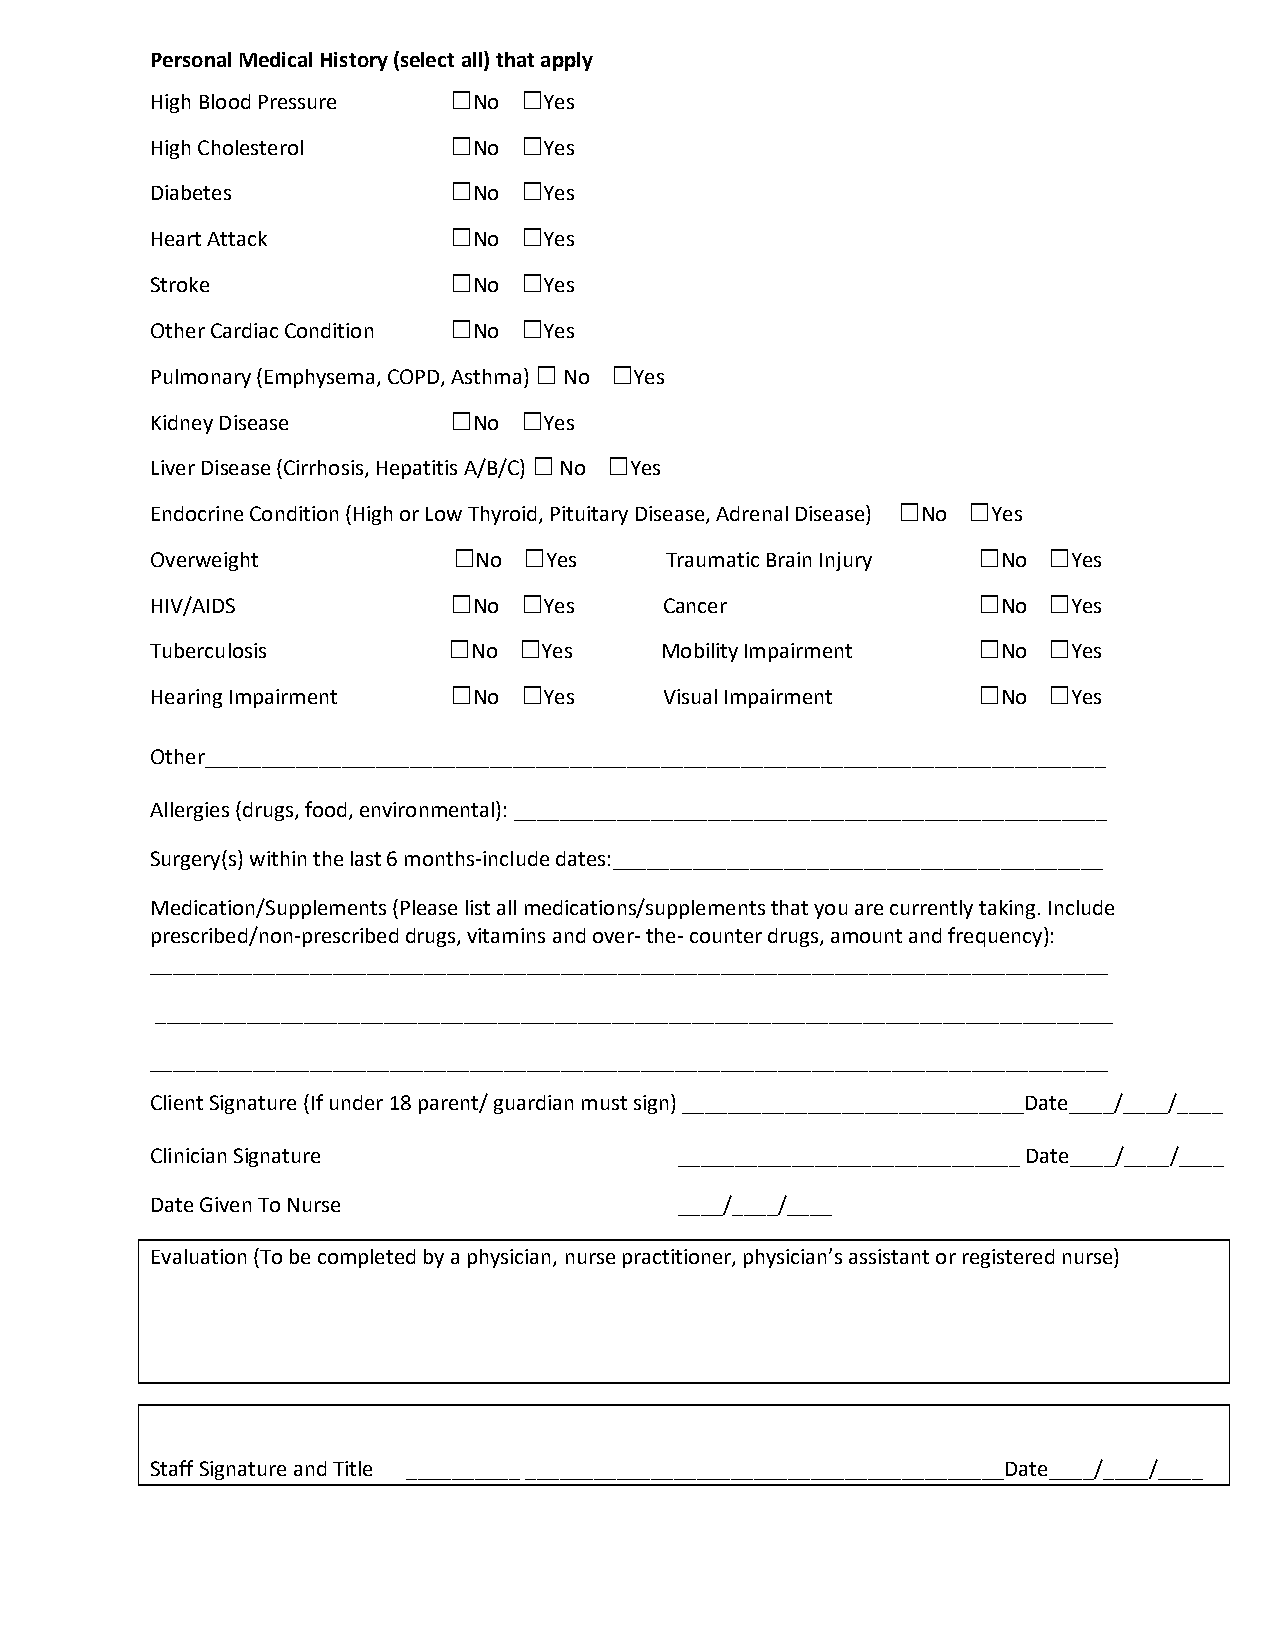
Personal Medical History (select all) that apply
 □   □
 High Blood Pressure  No   Yes
 □   □
 High Cholesterol     No   Yes
 □   □
 Diabetes             No   Yes
 □   □
 Heart Attack         No   Yes
 □   □
 Stroke               No   Yes
 □   □
 Other Cardiac Condition No Yes
 □    □
 Pulmonary (Emphysema, COPD, Asthma) No Yes
 □   □
 Kidney Disease       No   Yes
 □    □
 Liver Disease (Cirrhosis, Hepatitis A/B/C) No Yes
 □    □
 Endocrine Condition (High or Low Thyroid, Pituitary Disease, Adrenal Disease) No Yes
 □    □                             □   □
 Overweight           No   Yes     Traumatic Brain Injury No  Yes
 □   □                              □   □
 HIV/AIDS             No   Yes     Cancer                No   Yes
 □   □                              □   □
 Tuberculosis         No   Yes     Mobility Impairment   No   Yes
 □   □                              □   □
 Hearing Impairment   No   Yes     Visual Impairment     No   Yes
 Other_______________________________________________________________________________
 Allergies (drugs, food, environmental): ____________________________________________________
 Surgery(s) within the last 6 months-include dates:___________________________________________
 Medication/Supplements (Please list all medications/supplements that you are currently taking. Include
 prescribed/non-prescribed drugs, vitamins and over- the- counter drugs, amount and frequency):
 ____________________________________________________________________________________
 ____________________________________________________________________________________
 ____________________________________________________________________________________
 Client Signature (If under 18 parent/ guardian must sign) ______________________________Date____/____/____
 Clinician Signature                ______________________________ Date____/____/____
 Date Given To Nurse                ____/____/____
 Evaluation (To be completed by a physician, nurse practitioner, physician’s assistant or registered nurse)
 Staff Signature and Title __________ __________________________________________Date____/____/____